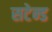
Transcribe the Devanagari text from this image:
सटेन्ड